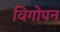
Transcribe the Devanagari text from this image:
विगोपन